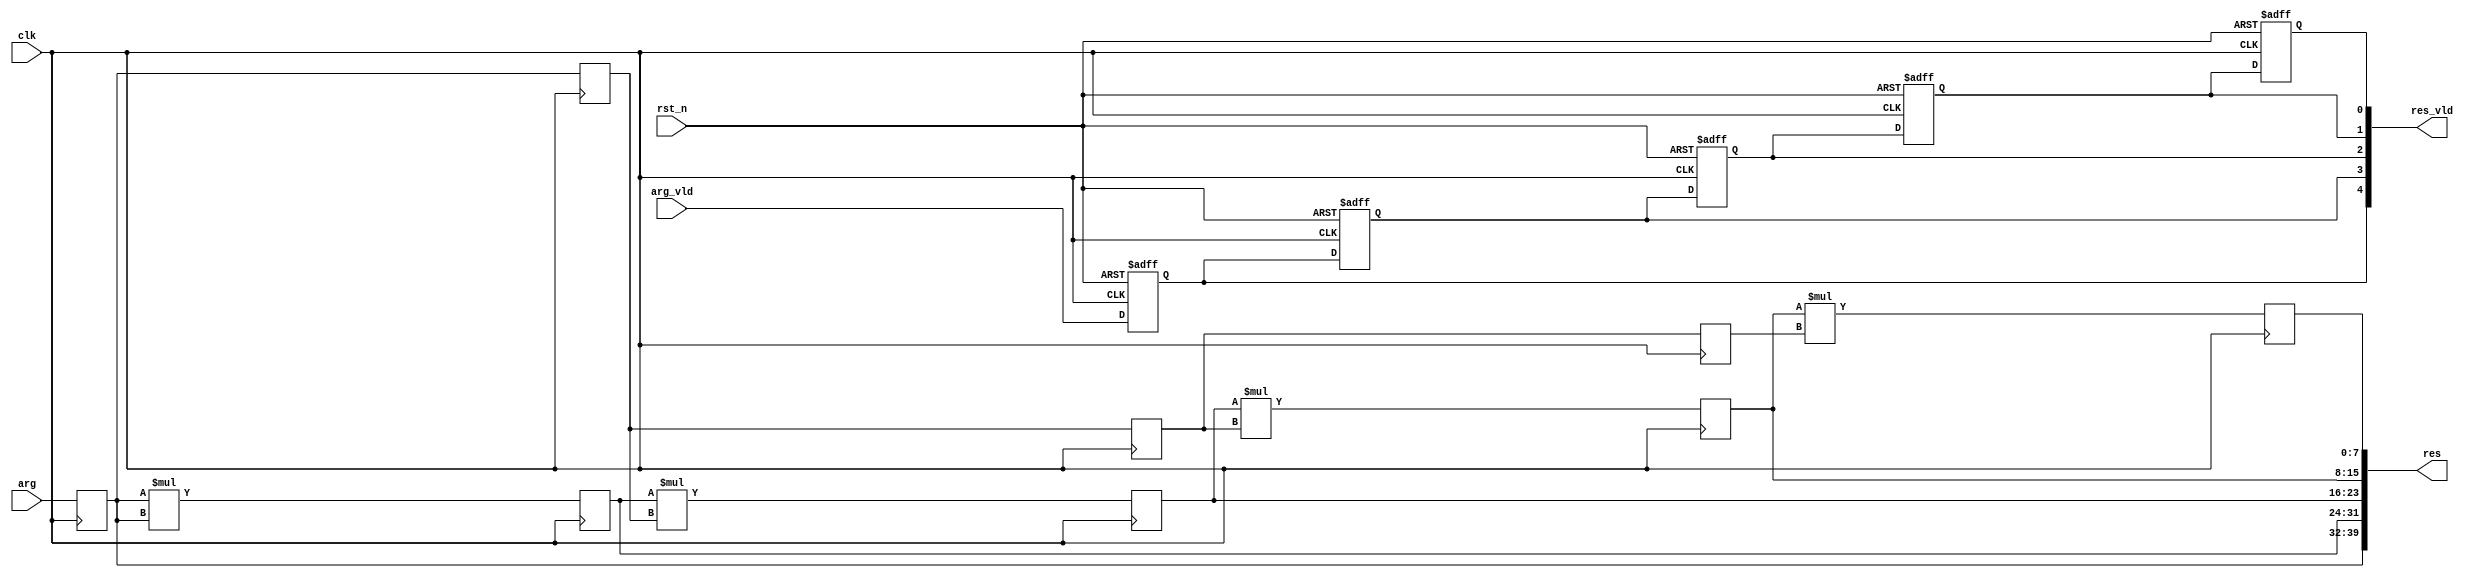
module pow_5_pipe_always
# (
    parameter w = 8
)
(
    input                clk,
    input                rst_n,
    input                arg_vld,
    input  [    w - 1:0] arg,
    output [        4:0] res_vld,
    output [5 * w - 1:0] res
);

    reg [w - 1:0] arg1, arg2, arg3, arg4;
    reg [w - 1:0] pow2, pow3, pow4, pow5;
    reg arg_vld_1, arg_vld_2, arg_vld_3, arg_vld_4, arg_vld_5;

    always @ (posedge clk or negedge rst_n)
        if (! rst_n)
        begin
            arg_vld_1 <= 1'b0;
            arg_vld_2 <= 1'b0;
            arg_vld_3 <= 1'b0;
            arg_vld_4 <= 1'b0;
            arg_vld_5 <= 1'b0;
        end
        else
        begin
            arg_vld_1 <= arg_vld;
            arg_vld_2 <= arg_vld_1;
            arg_vld_3 <= arg_vld_2;
            arg_vld_4 <= arg_vld_3;
            arg_vld_5 <= arg_vld_4;
        end

    always @ (posedge clk)
    begin
        arg1 <= arg;
        arg2 <= arg1;
        arg3 <= arg2;
        arg4 <= arg3;

        pow2 <= arg1 * arg1;
        pow3 <= pow2 * arg2;
        pow4 <= pow3 * arg3;
        pow5 <= pow4 * arg4;
    end

    assign res_vld = { arg_vld_1 , arg_vld_2 , arg_vld_3 , arg_vld_4 , arg_vld_5 };
    assign res     = { arg1      , pow2      , pow3      , pow4      , pow5      };

endmodule